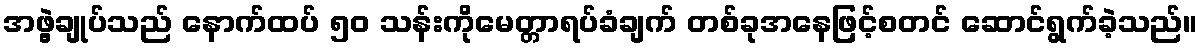
အဖွဲ့ချုပ်သည် နောက်ထပ် ၅၀ သန်းကိုမေတ္တာရပ်ခံချက် တစ်ခုအနေဖြင့်စတင် ဆောင်ရွက်ခဲ့သည်။